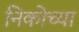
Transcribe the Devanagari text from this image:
निकोच्या